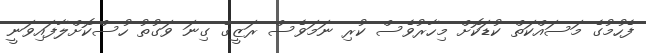
ފެހުމުގެ މަސައްކަތް ކުޑަކޮށް މިހާރުވެސް ކުރި ނަމަވެސް ރަޒީގެ ގިނަ ވަގުތު ހުސްކޮށްލާފައިވަނީ